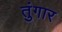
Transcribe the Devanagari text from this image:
तुंगार